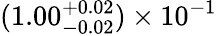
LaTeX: (1.00_{-0.02}^{+0.02})\times 10^{-1}